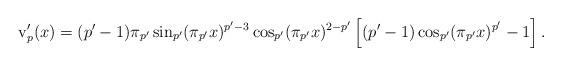
LaTeX: \begin{align*}\operatorname{v}'_p(x)=(p'-1)\pi_{p'}\sin_{p'}(\pi_{p'}x)^{p'-3}\cos_{p'}(\pi_{p'}x)^{2-p'}\left[(p'-1)\cos_{p'}(\pi_{p'}x)^{p'}-1\right].\end{align*}